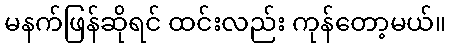
မနက်ဖြန်ဆိုရင် ထင်းလည်း ကုန်တော့မယ်။